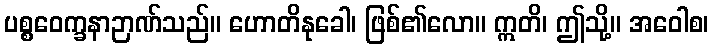
ပစ္စဝေက္ခနာဉာဏ်သည်။ ဟောတိနုခေါ၊ ဖြစ်၏လော။ ဣတိ၊ ဤသို့။ အဝေါစ၊